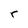
Character: r